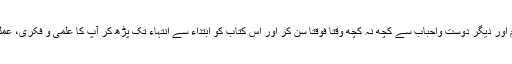
آپ کے متعلق والد محترم اور دیگر دوست واحباب سے کچھ نہ کچھ وقتاً فوقتاً سُن کر اور اس کتاب کو ابتداء سے انتہاء تک پڑھ کر آپ کا علمی و فکری، عملی وروحانی جودیدار ہوا ۔